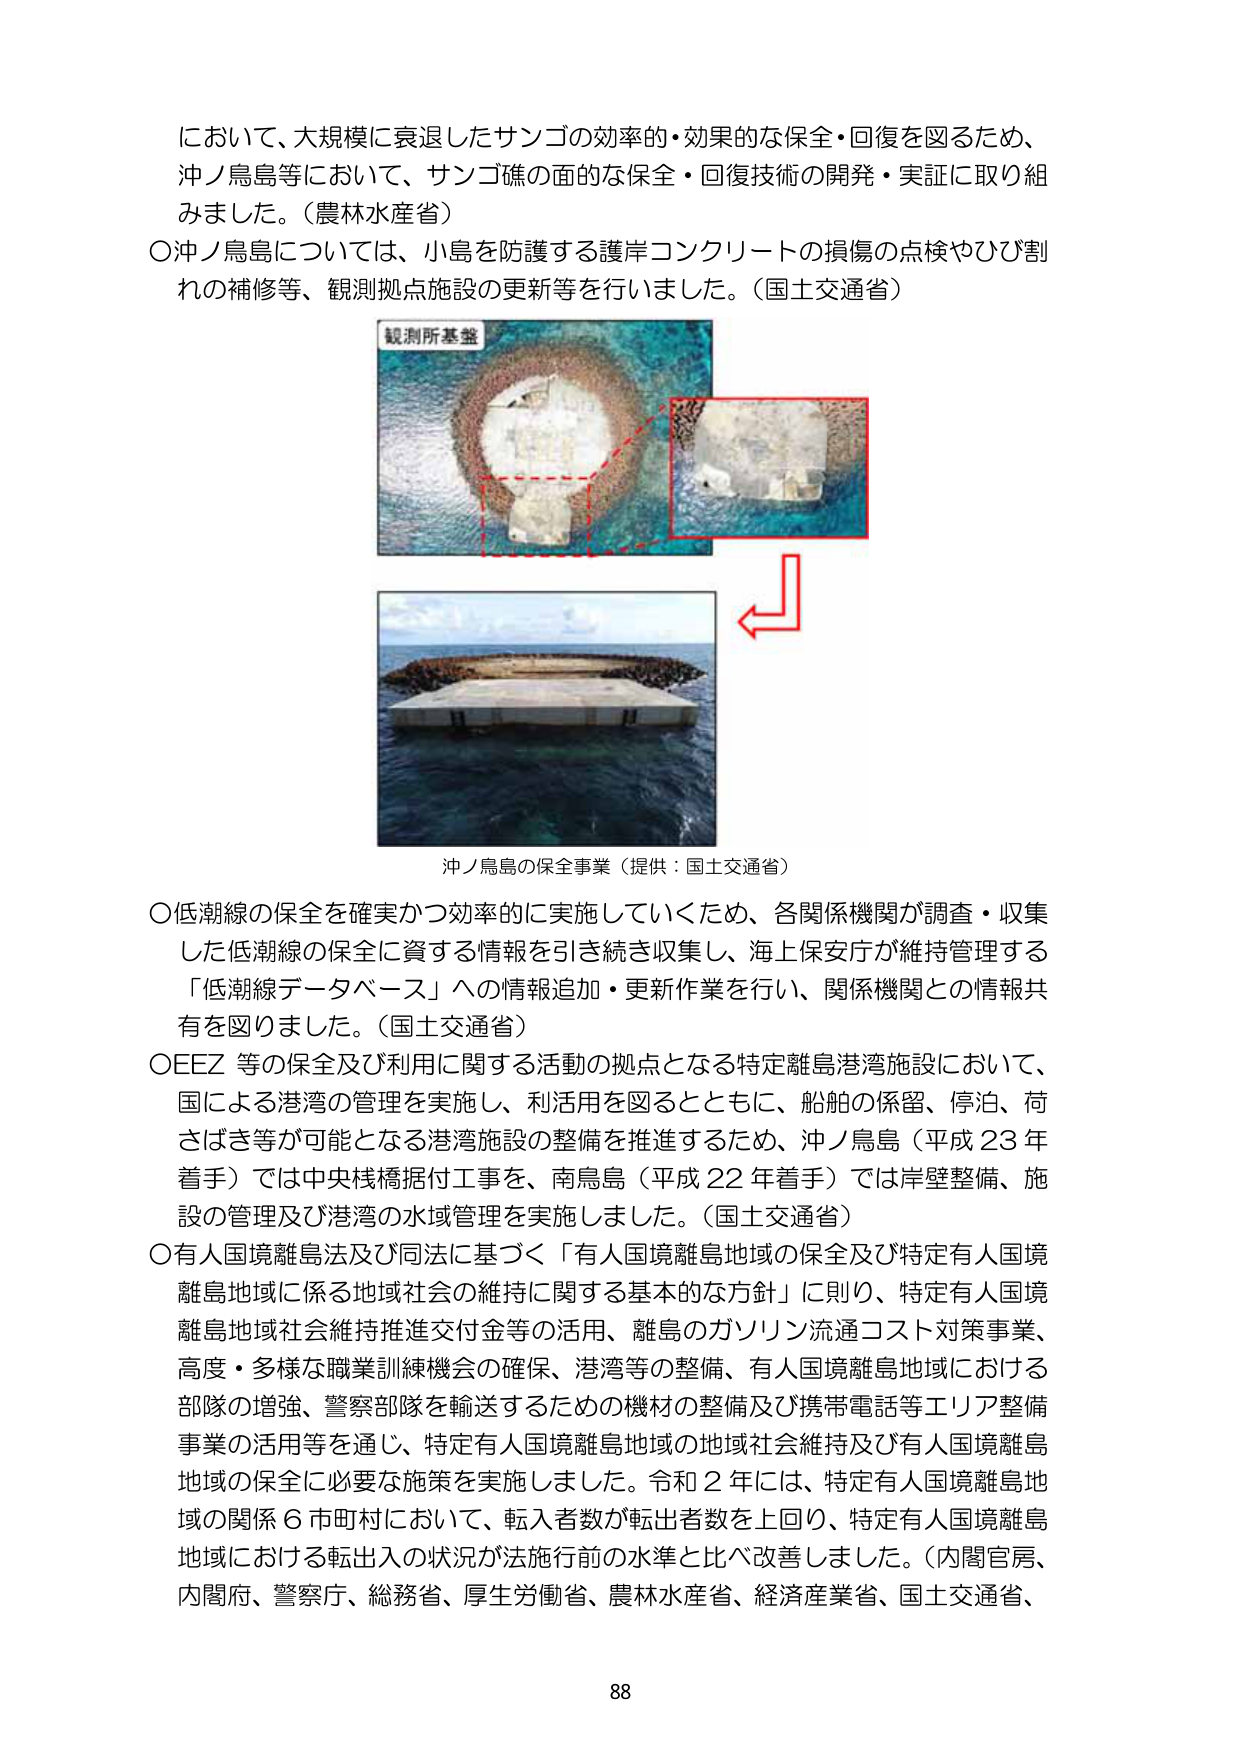
において、大規模に衰退したサンゴの効率的・効果的な保全・回復を図るため、
沖ノ鳥島等において、サンゴ礁の面的な保全・回復技術の開発・実証に取り組みました。（農林水産省）
〇沖ノ鳥島については、小島を防護する護岸コンクリートの損傷の点検やひび割れの補修等、観測拠点施設の更新等を行いました。（国土交通省）

観測所基盤

沖ノ鳥島の保全事業（提供：国土交通省）

〇低潮線の保全を確実かつ効率的に実施していくため、各関係機関が調査・収集した低潮線の保全に資する情報を引き続き収集し、海上保安庁が維持管理する「低潮線データベース」への情報追加・更新作業を行い、関係機関との情報共有を図りました。（国土交通省）
〇EEZ 等の保全及び利用に関する活動の拠点となる特定離島港湾施設において、国による港湾の管理を実施し、利活用を図るとともに、船舶の係留、停泊、荷さばき等が可能となる港湾施設の整備を推進するため、沖ノ鳥島（平成23年着手）では中央桟橋据付工事を、南鳥島（平成22年着手）では岸壁整備、施設の管理及び港湾の水域管理を実施しました。（国土交通省）
〇有人国境離島法及び同法に基づく「有人国境離島地域の保全及び特定有人国境離島地域に係る地域社会の維持に関する基本的な方針」に則り、特定有人国境離島地域社会維持推進交付金等の活用、離島のガソリン流通コスト対策事業、高度・多様な職業訓練機会の確保、港湾等の整備、有人国境離島地域における部隊の増強、警察部隊を輸送するための機材の整備及び携帯電話等エリア整備事業の活用等を通じ、特定有人国境離島地域の地域社会維持及び有人国境離島地域の保全に必要な施策を実施しました。令和2年には、特定有人国境離島地域の関係6市町村において、転入者数が転出者数を上回り、特定有人国境離島地域における転出入の状況が法施行前の水準と比べ改善しました。（内閣官房、内閣府、警察庁、総務省、厚生労働省、農林水産省、経済産業省、国土交通省、

88